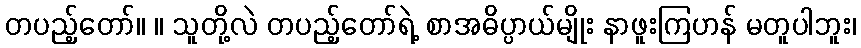
တပည့်တော်။ ။ သူတို့လဲ တပည့်တော်ရဲ့ စာအဓိပ္ပာယ်မျိုး နာဖူးကြဟန် မတူပါဘူး၊